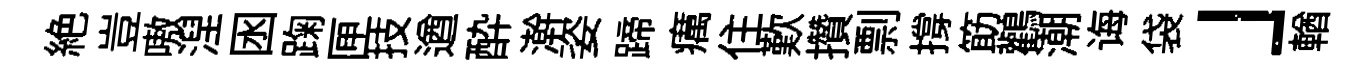
絶豈嗷湼囦踘匣技遒酔澣姿蹄癘住歎攢剽撐筯鸛潮诲袋」輶